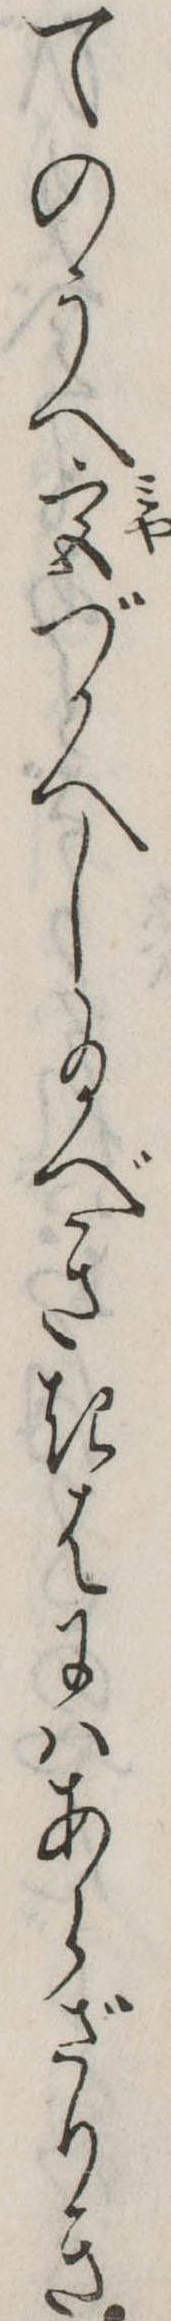
てのうへ宮づかへし給べききはにはあらざりき